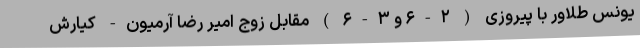
یونس طلاور با پیروزی ( ۲-۶ و ۳-۶ ) مقابل زوج امیر رضا آرمیون- کیارش